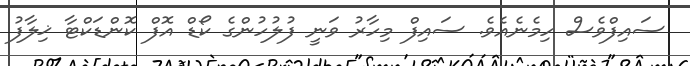
ސައިފްވެސް ހިމެނެއެވެ. ސައިފް މިހާރު ވަނީ ފުލުހުންގެ ކޯޑް އޮފް ކޮންޑަކްޓާ ޚިލާފު